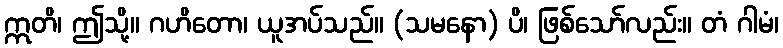
ဣတိ၊ ဤသို့။ ဂဟိတော၊ ယူအပ်သည်။ (သမနော) ပိ၊ ဖြစ်သော်လည်း။ တံ ဂါမံ၊